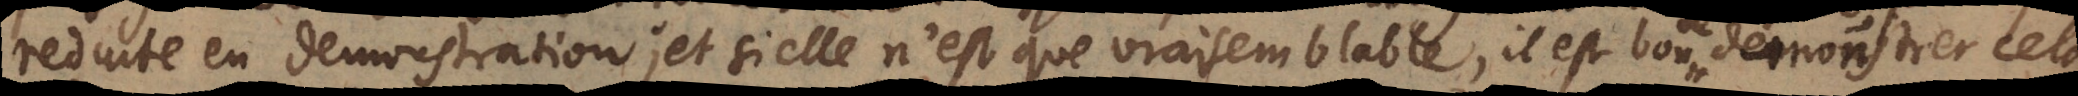
reduite en demonstration; et si elle n’est que vraisemblable, il est bon de demonstrer cela